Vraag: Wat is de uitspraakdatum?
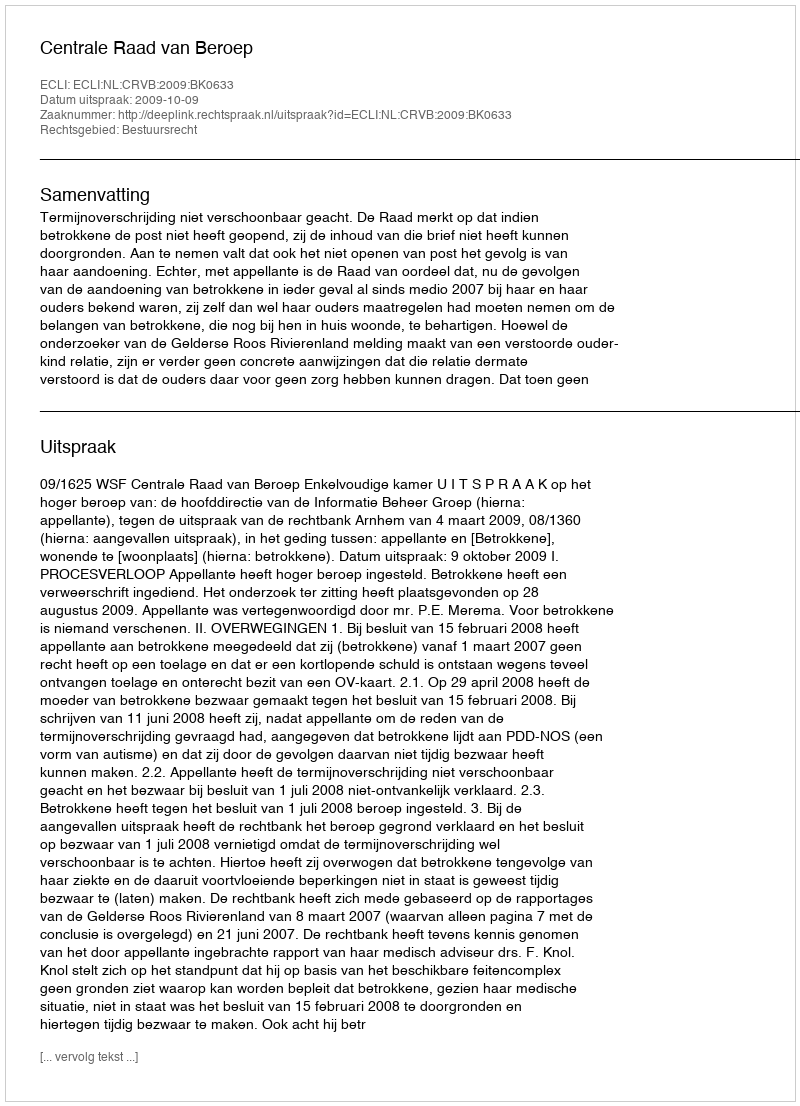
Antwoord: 2009-10-09